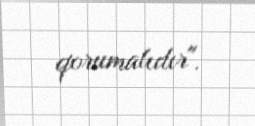
qorumalıdır".